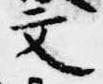
文